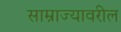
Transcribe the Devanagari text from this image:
साम्राज्यावरील